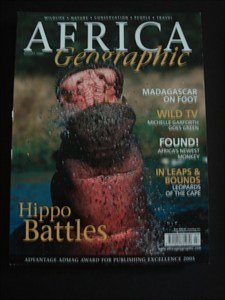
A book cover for AFRICA Geographic - August 2005 - Hippos - Leopards - Monkeys - Michelle Garforth - Madagascar- Wildlife - Nature - Conservation - People - Travel; Travel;